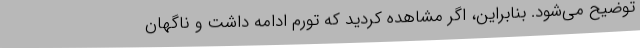
توضیح می‌شود. بنابراین، اگر مشاهده کردید که تورم ادامه داشت و ناگهان